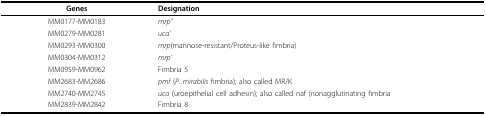
<table><thead><tr><td><b>Genes</b></td><td><b>Designation</b></td></tr></thead><tbody><tr><td>MM0177-MM0183</td><td><i>mrp&#x27;&#x27;</i></td></tr><tr><td>MM0279-MM0281</td><td><i>uca&#x27;</i></td></tr><tr><td>MM0293-MM0300</td><td><i>mrp</i>(mannose-resistant/Proteus-like fimbria)</td></tr><tr><td>MM0304-MM0312</td><td><i>mrp&#x27;</i></td></tr><tr><td>MM0959-MM0962</td><td>Fimbria 5</td></tr><tr><td>MM2683-MM2686</td><td><i>pmf </i>(<i>P. mirabilis </i>fimbria); also called MR/K</td></tr><tr><td>MM2740-MM2745</td><td><i>uca </i>(uroepithelial cell adhesin); also called naf (nonagglutinating fimbria</td></tr><tr><td>MM2839-MM2842</td><td>Fimbria 8</td></tr></tbody></table>